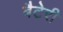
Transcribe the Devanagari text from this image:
बैटेरी